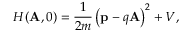
H ( { \bf A } , 0 ) = \frac { 1 } { 2 m } \left( { \bf p } - q { \bf A } \right) ^ { 2 } + V ,